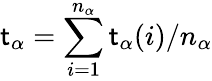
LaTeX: \mathsf{t}_{\alpha}=\sum_{i=1}^{n_{\alpha}}\mathsf{t}_{\alpha}(i)/n_{\alpha}